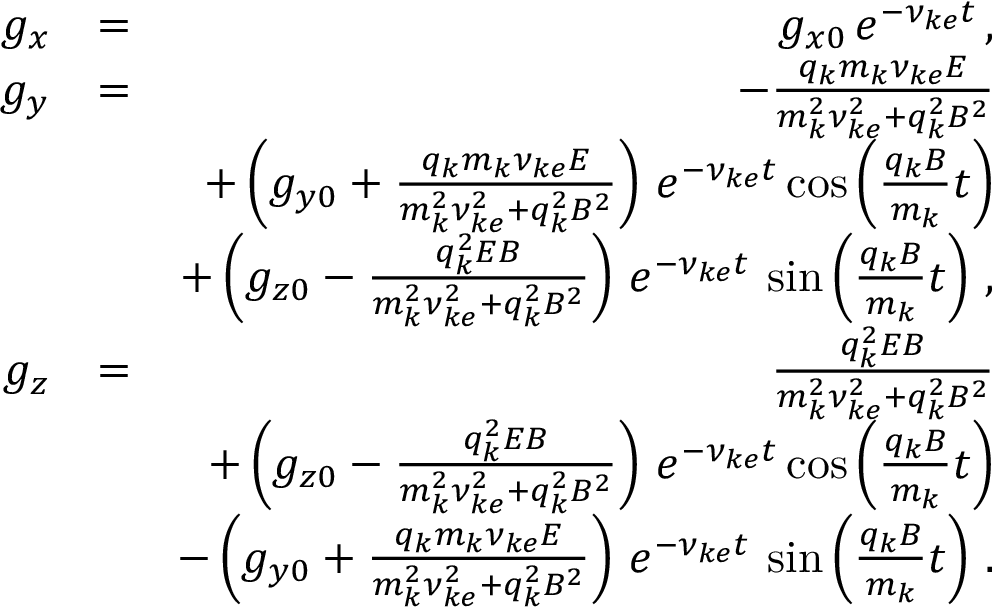
\begin{array} { r l r } { g _ { x } } & { = } & { g _ { x 0 } \, e ^ { - \nu _ { k e } t } \, , } \\ { g _ { y } } & { = } & { - \frac { q _ { k } m _ { k } \nu _ { k e } E } { m _ { k } ^ { 2 } \nu _ { k e } ^ { 2 } + q _ { k } ^ { 2 } B ^ { 2 } } } \\ & { } & { + \left( g _ { y 0 } + \frac { q _ { k } m _ { k } \nu _ { k e } E } { m _ { k } ^ { 2 } \nu _ { k e } ^ { 2 } + q _ { k } ^ { 2 } B ^ { 2 } } \right) \, e ^ { - \nu _ { k e } t } \cos \left( \frac { q _ { k } B } { m _ { k } } t \right) } \\ & { } & { + \left( g _ { z 0 } - \frac { q _ { k } ^ { 2 } E B } { m _ { k } ^ { 2 } \nu _ { k e } ^ { 2 } + q _ { k } ^ { 2 } B ^ { 2 } } \right) \, e ^ { - \nu _ { k e } t } \, \sin \left( \frac { q _ { k } B } { m _ { k } } t \right) \, , } \\ { g _ { z } } & { = } & { \frac { q _ { k } ^ { 2 } E B } { m _ { k } ^ { 2 } \nu _ { k e } ^ { 2 } + q _ { k } ^ { 2 } B ^ { 2 } } } \\ & { } & { + \left( g _ { z 0 } - \frac { q _ { k } ^ { 2 } E B } { m _ { k } ^ { 2 } \nu _ { k e } ^ { 2 } + q _ { k } ^ { 2 } B ^ { 2 } } \right) \, e ^ { - \nu _ { k e } t } \cos \left( \frac { q _ { k } B } { m _ { k } } t \right) } \\ & { } & { - \left( g _ { y 0 } + \frac { q _ { k } m _ { k } \nu _ { k e } E } { m _ { k } ^ { 2 } \nu _ { k e } ^ { 2 } + q _ { k } ^ { 2 } B ^ { 2 } } \right) \, e ^ { - \nu _ { k e } t } \, \sin \left( \frac { q _ { k } B } { m _ { k } } t \right) \, . } \end{array}